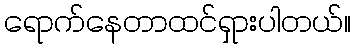
ရောက်နေတာထင်ရှားပါတယ်။